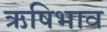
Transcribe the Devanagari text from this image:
ऋषिभाव